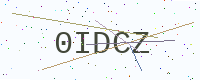
Text: 0IDCZ